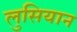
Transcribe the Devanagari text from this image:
लुसियान